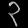
Digit: ၃